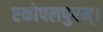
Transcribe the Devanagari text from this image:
एकोपलपुरम्।